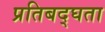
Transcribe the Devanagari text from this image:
प्रतिबद्घता